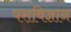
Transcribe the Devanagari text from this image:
पराविज्ञान